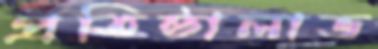
প্রতিষ্ঠালাভ